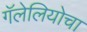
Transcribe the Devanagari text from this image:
गॅलेलियोचा